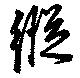
縦